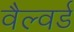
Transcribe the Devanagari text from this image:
वैल्वर्ड